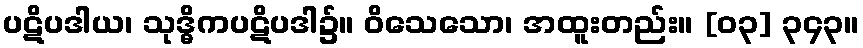
ပဋိပဒါယ၊ သုဒ္ဓိကပဋိပဒါ၌။ ဝိသေသော၊ အထူးတည်း။ [၀၃] ၃၄၃။